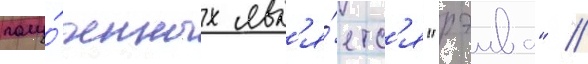
полу́ченных явл'я́етс'я "рэива" //